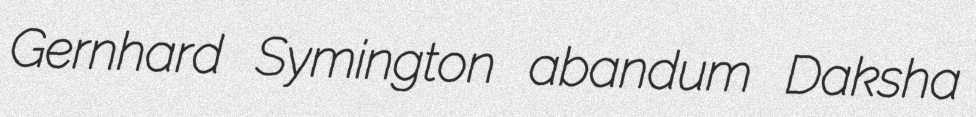
Gernhard Symington abandum Daksha